Lunatic asylums Bombay report 1878-1890 - 1878-1890
Year: 1878
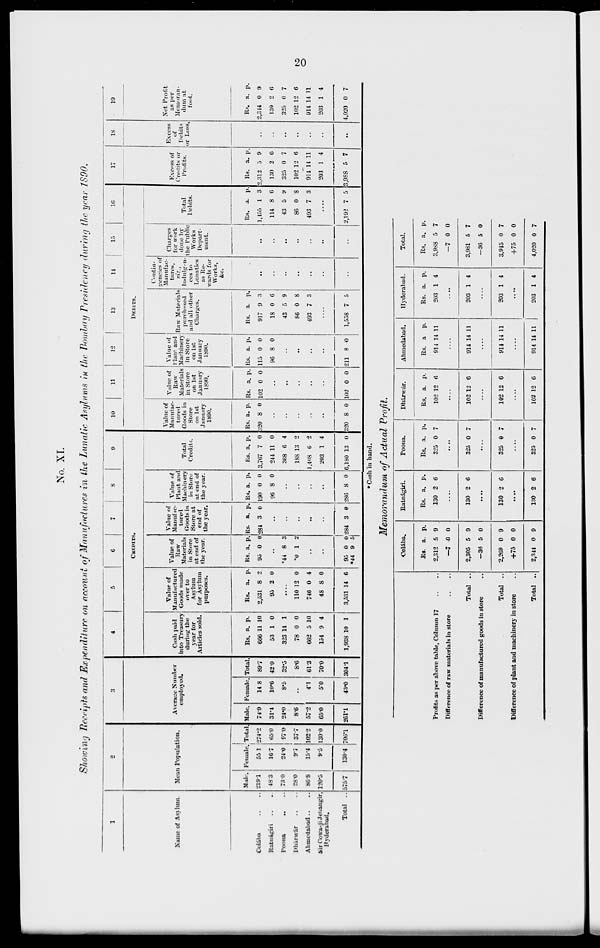
20
No. XI.
Showing Receipts and Expenditure on account of Manufactures in the Lunatic Asylums in the Bombay Presidency during the year 1890.
1
Name of Asylum.
Colába .. ..
Ratnágiri .. ..
Poona
.. ..
Dhárwár .. ..
Ahmedabad .. ..
Sir Cowasji Jehangir,
Hyderabad.
Total ..
2
Mean Population.
Male.
219.1
48.3
73.0
28.0
86.8
120.5
575.7
Female.
55.1
16.7
24.0
9.7
15.4
9.5
130.4
Total
274.2
65.0
97.0
37.7
102.2
130.0
706.1
3
Average Number
employed.
Male.
74.9
31.1
24.0
8.6
57.2
65.0
261.1
Female.
14.8
10.6
8.5
..
4.1
5.0
43.0
Total.
89.7
42.0
32.5
8.6
61.3
70.0
304.1
4
5
6
7
8
9
CREDITS.
Cash paid
into Treasury
during the
year for
Articles sold.
Rs.
666
53
323
78
662
154
1,938
a.
11
1
14
0
5
9
10
p.
10
0
1
0
10
4
1
Value of
Manufactured
Goods made
over to
Asylum
for Asylum
purposes.
Rs.
2,531
95
a.
8
2
p.
2
0
....
110
746
48
3,531
12
0
8
14
0
4
0
6
Value of
Raw
Materials
in Store
at end of
the year.
Rs.
95
a.
0
p.
0
..
*44
*0
8
1
3
2
..
..
95
*44
0
9
0
5
Value of
Manufac-
tured
Goods in
Store at
end of
the year.
Rs.
284
a.
3
p.
0
..
..
..
..
..
284 3 0
Value of
Plant and
Machinery
in Store
at end of
the year.
Rs.
190
96
a.
0
8
p.
0
0
..
..
..
..
286 8 0
Total
Credits.
Rs.
3,767
244
368
188
1,408
203
6,180
a.
7
11
6
13
6
1
13
p.
0
0
4
2
2
4
0
10
11
12
13
14
15
16
DEBITS.
Value of
Manufac-
tured
Goods in
Store
on 1st
January
1890.
Rs.
320
a.
8
p.
0
..
..
..
..
..
320 8 0
Value of
Raw
Materials
in Store
on 1st
January
1890.
Rs.
102
a.
0
p.
0
..
..
..
..
..
102 0 0
Value of
Plant and
Machinery
in Store
on 1st
January
1890.
Rs.
115
96
a.
0
8
p.
0
0
..
..
..
..
211 8
0
Raw Materials
purchased
and all other
Charges.
Rs.
917
18
43
86
493
a.
9
0
5
0
7
p.
3
6
9
8
3
....
1,558 7 5
Contin-
gencies of
Manufac-
tures,
viz.,
Indulgen-
ces to
Lunatics
as Re-
wards for
Works,
&c.
..
..
..
..
..
..
..
Charges
for work
done by
the Public
Works
Depart-
ment.
..
..
..
..
..
..
..
Total
Debits.
Rs.
1,455
114
43
86
493
a.
1
8
5
0
7
p.
3
6
9
8
3
....
2,192 7 5
17
Excess
of
Credits or
Profits.
Rs.
2,312
130
325
102
914
203
3,988
a.
5
2
0
12
14
1
5
p.
9
6
7
6
11
4
7
18
Excess
of
Debits
or Loss.
..
..
..
..
..
..
..
19
Net Profit
as per
Memoran-
dum at
foot.
Rs.
2,344
130
325
102
914
203
4,020
a.
0
2
0
12
14
1
0
p.
9
6
7
6
11
4
7
* Cash in hand.
Memorandum of Actual Profit.
Profits as per above table, Column 17 .. ..
Difference of raw materials in store
Total ..
Difference of manufactured goods in store ..
Total ..
Difference of plant and machinery in store ..
Total ..
Colába.
Rs.
2,312
-7
2,305
-36
2,269
+75
2,344
a.
5
0
5
5
0
0
0
p.
9
0
9
0
9
0
9
Ratnágiri.
Rs.
130
a.
2
p.
6
....
130 2 6
....
130 2 6
....
130 2 6
Poona.
Rs.
325
a.
0
p.
7
....
325 0 7
....
325
9
7
....
325 0 7
Dhárwár.
Rs.
102
a.
12
p.
6
....
102 12 6
....
102 12 6
....
102 12 6
Ahmedabad.
Rs.
914
a
14
p.
11
....
914 14
41
....
914 14 11
....
914 14 41
Hyderabad.
Rs.
203
a.
1
p.
4
....
203 1 4
....
203 1 4
....
203 1 4
Total.
Rs.
3,988
-7
3,981
-36
3,945
+75
4,020
a.
5
0
5
5
0
0
0
p.
7
0
7
0
7
0
7